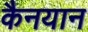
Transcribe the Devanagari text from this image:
कैनयान